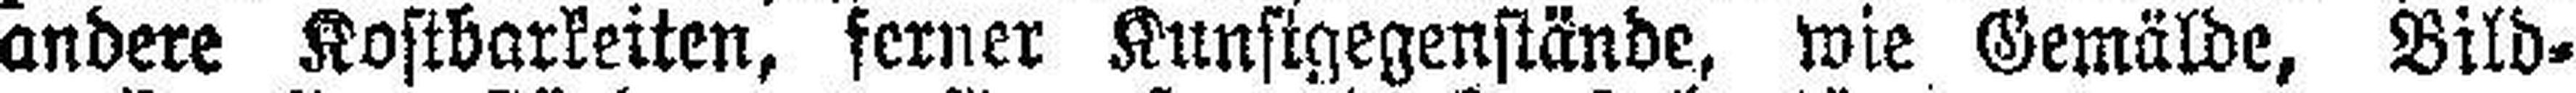
andere Kostbarkeiten, ferner Kunstgegenstände, wie Gemälde, Bild¬